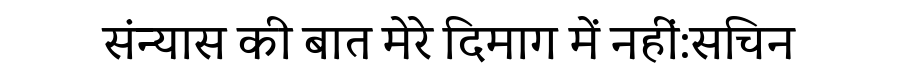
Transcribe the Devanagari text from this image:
संन्यास की बात मेरे दिमाग में नहीं:सचिन